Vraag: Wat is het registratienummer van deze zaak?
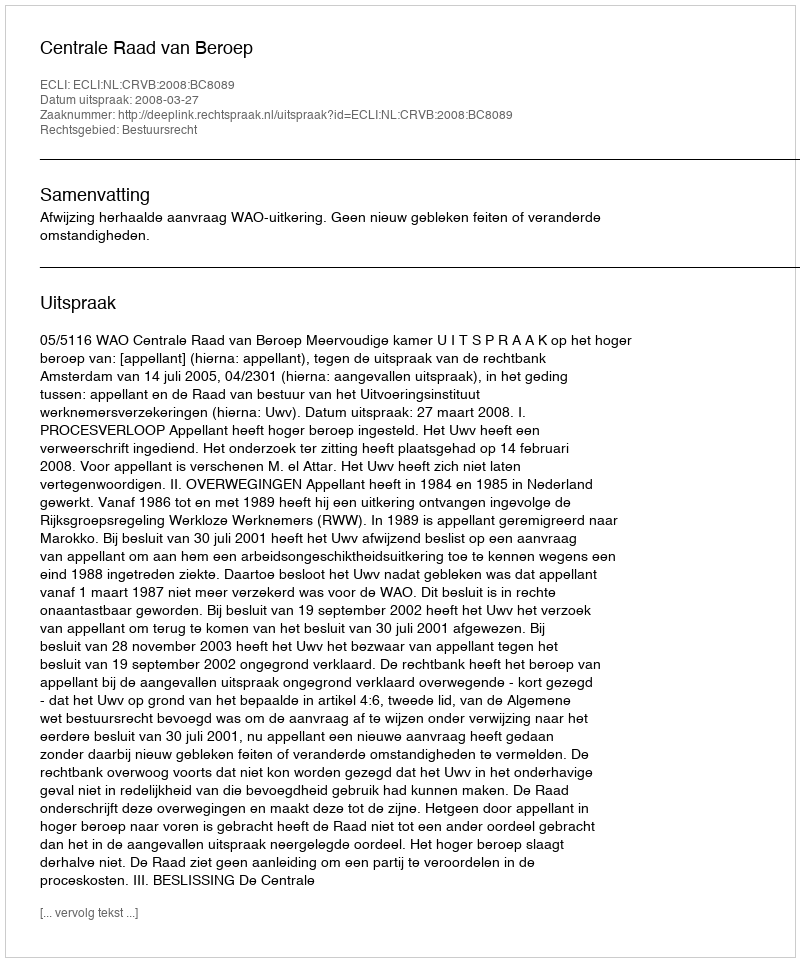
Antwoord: http://deeplink.rechtspraak.nl/uitspraak?id=ECLI:NL:CRVB:2008:BC8089